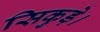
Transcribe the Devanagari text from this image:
सिकुड़े।